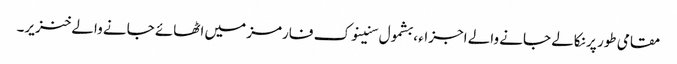
مقامی طور پر نکالے جانے والے اجزاء ، بشمول سنینوک فارمز میں اٹھائے جانے والے خنزیر۔